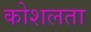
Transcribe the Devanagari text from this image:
कोशलता